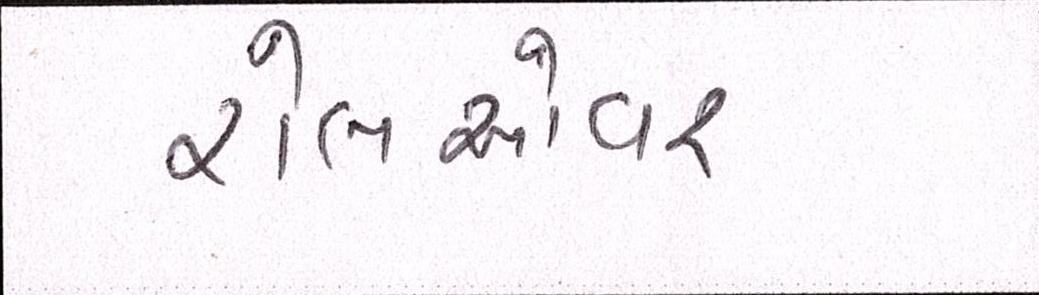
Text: રોલઓવર